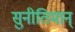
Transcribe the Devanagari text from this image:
सुनीतिमान्‌